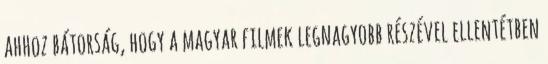
ahhoz bátorság, hogy a magyar filmek legnagyobb részével ellentétben